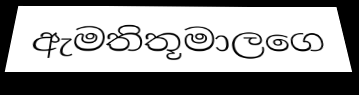
ඇමතිතූමාලගෙ